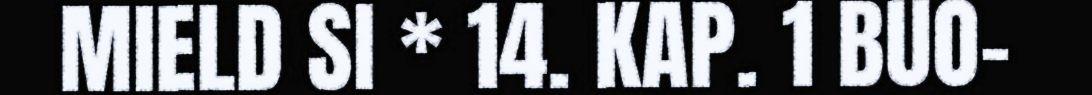
MIELD SI * 14. KAP. 1 BUO-